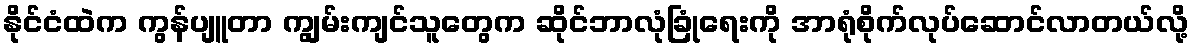
နိုင်ငံထဲက ကွန်ပျူတာ ကျွမ်းကျင်သူတွေက ဆိုင်ဘာလုံခြုံရေးကို အာရုံစိုက်လုပ်ဆောင်လာတယ်လို့